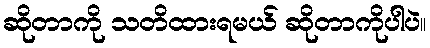
ဆိုတာကို သတိထားရမယ် ဆိုတာကိုပါပဲ။